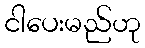
ငါပေးမည်ဟု